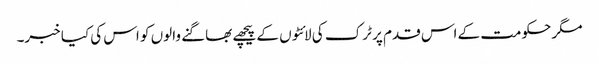
مگر حکومت کے اس قدم پر ٹرک کی لائٹوں کے پیچھے بھاگنے والوں کو اس کی کیا خبر۔